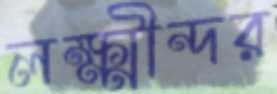
লক্ষ্মীন্দর